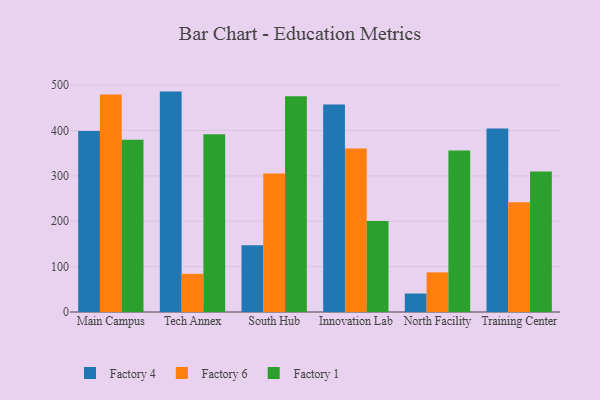
{"axis": {"x": "Campus", "y": "Tickets Resolved"}, "legend": ["Factory 1", "Factory 4", "Factory 6"], "data": [{"x": "Main Campus", "y": 399.2, "type": "Factory 4"}, {"x": "Main Campus", "y": 479.5, "type": "Factory 6"}, {"x": "Main Campus", "y": 379.9, "type": "Factory 1"}, {"x": "Tech Annex", "y": 485.9, "type": "Factory 4"}, {"x": "Tech Annex", "y": 84.1, "type": "Factory 6"}, {"x": "Tech Annex", "y": 392.0, "type": "Factory 1"}, {"x": "South Hub", "y": 147.0, "type": "Factory 4"}, {"x": "South Hub", "y": 305.5, "type": "Factory 6"}, {"x": "South Hub", "y": 475.7, "type": "Factory 1"}, {"x": "Innovation Lab", "y": 457.7, "type": "Factory 4"}, {"x": "Innovation Lab", "y": 360.2, "type": "Factory 6"}, {"x": "Innovation Lab", "y": 200.4, "type": "Factory 1"}, {"x": "North Facility", "y": 40.7, "type": "Factory 4"}, {"x": "North Facility", "y": 87.4, "type": "Factory 6"}, {"x": "North Facility", "y": 356.0, "type": "Factory 1"}, {"x": "Training Center", "y": 404.8, "type": "Factory 4"}, {"x": "Training Center", "y": 242.2, "type": "Factory 6"}, {"x": "Training Center", "y": 310.0, "type": "Factory 1"}]}